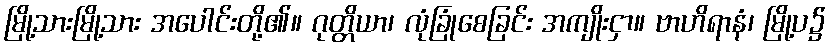
မြို့သားမြို့သား အပေါင်းတို့၏။ ဂုတ္တိယာ၊ လုံခြုံစေခြင်း အကျိုးငှာ။ ဗာဟိရာနံ၊ မြို့ပ၌